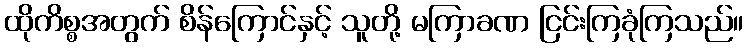
ထိုကိစ္စအတွက် စိန်ကြောင်နှင့် သူတို့ မကြာခဏ ငြင်းကြခုံကြသည်။